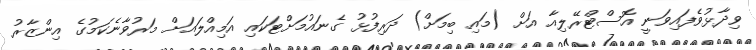
ވިދާޅުވެފައިވަނީ އޮސްޓްރޭލިއާ އަށް (މައި ބިމަށް) ދަރިފުޅު ގެނައުމަށްޓަކައި އަމިއްލައަށް މަރުވާނެކަމުގެ އިންޒާރު